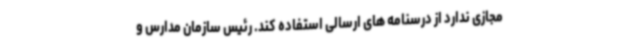
مجازی ندارد از درسنامه های ارسالی استفاده کند. رئیس سازمان مدارس و